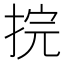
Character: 捖